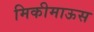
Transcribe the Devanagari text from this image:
मिकीमाऊस